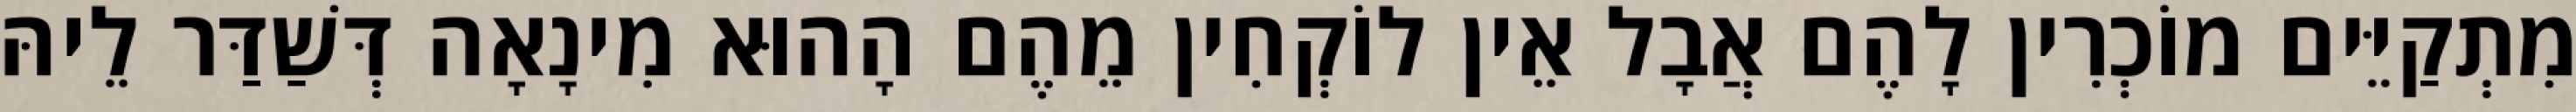
מִתְקַיֵּים מוֹכְרִין לָהֶם אֲבָל אֵין לוֹקְחִין מֵהֶם הָהוּא מִינָאָה דְּשַׁדַּר לֵיהּ